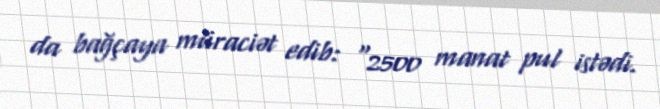
da bağçaya müraciət edib: "2500 manat pul istədi.